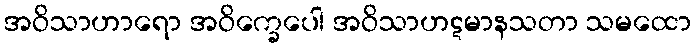
အဝိသာဟာရော အဝိက္ခေပေါ အဝိသာဟဋမာနသတာ သမထော